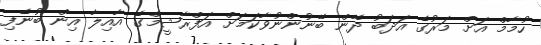
ހުމާމް އަށް މަރުގެ އަދަބު ދޭން ބޭނުންނުވާކަމަށް އަފްރާޝީމްގެ އާއިލާ އިން ބުނެފި